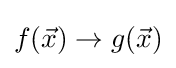
f({\vec {x}})\rightarrow g({\vec {x}})